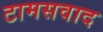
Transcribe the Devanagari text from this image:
टामसवाद